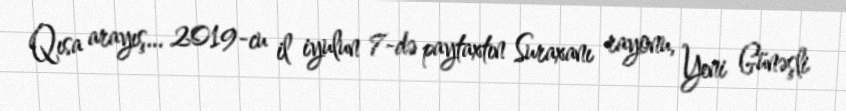
Qısa arayış… 2019-cu il iyulun 7-də paytaxtın Suraxanı rayonu, Yeni Günəşli